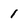
Character: 1